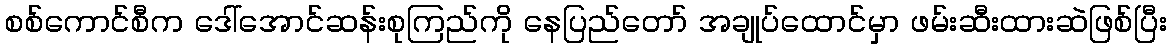
စစ်ကောင်စီက ဒေါ်အောင်ဆန်းစုကြည်ကို နေပြည်တော် အချုပ်ထောင်မှာ ဖမ်းဆီးထားဆဲဖြစ်ပြီး